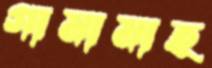
গামামাহ